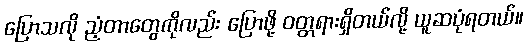
ပြောသလို ညံ့တာတွေကိုလည်း ပြောဖို့ ဝတ္တရားရှိတယ်လို့ ယူဆပုံရတယ်။